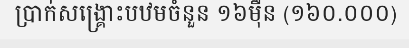
ប្រាក់សង្គ្រោះបឋមចំនួន ១៦ម៉ឺន (១៦០.០០០)